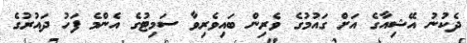
ދެކުނު އޭޝިއާގެ އަށް ގައުމުގެ ވެރިން ބައިވެރިވާ ސަމިޓުގެ އެންމެ ފަހު ދައުރުގެ